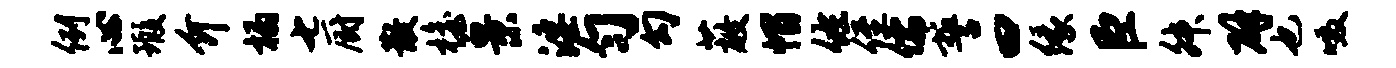
例心瑕介榻七厨散檐景淫匀勾蔽帽佐侄儒誓曰缘臣舛辟也啜